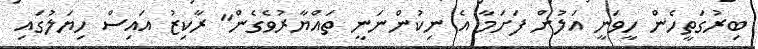
ބިރުގަތީހެން ހީވަނީ އަލުން ފަށަމާ އެ ނިކުންނަނީ ތައްޔާރުވެގެން" ރާކިޒު އައިސް ހިޔަލުގައި